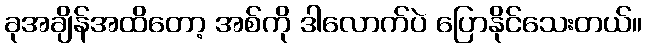
ခုအချိန်အထိတော့ အစ်ကို ဒါလောက်ပဲ ပြောနိုင်သေးတယ်။